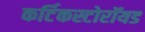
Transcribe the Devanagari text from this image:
कर्टिकस्टोरॉयड